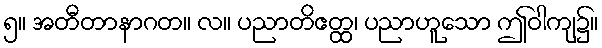
၅။ အတီတာနာဂတ။ လ။ ပညာတိဧတ္ထ၊ ပညာဟူသော ဤဝါကျ၌။